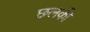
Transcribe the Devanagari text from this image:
छलकी